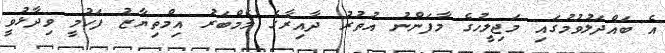
އެ ބައްދަލުވުމުގައި މަޖިލީހުގެ މާފަންނު އުތުރު ދާއިރާގެ މެމްބަރު އިމްތިޔާޒު ފަހުމީ ވިދާޅުވީ